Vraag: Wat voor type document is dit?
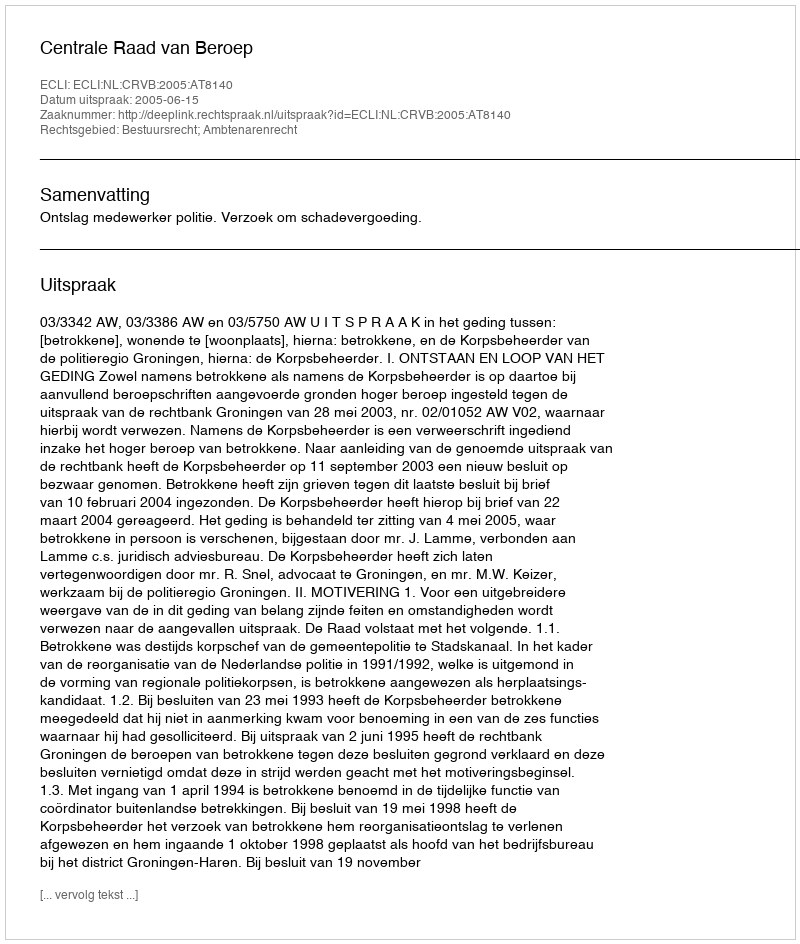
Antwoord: Uitspraak